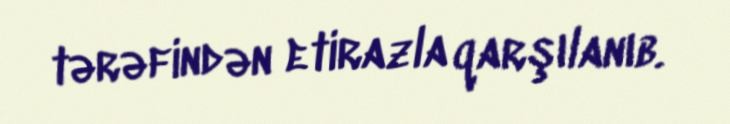
tərəfindən etirazla qarşılanıb.